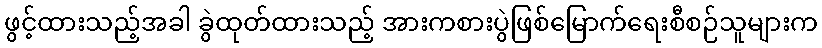
ဖွင့်ထားသည့်အခါ ခွဲထုတ်ထားသည့် အားကစားပွဲဖြစ်မြောက်ရေးစီစဉ်သူများက